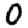
Digit: 0